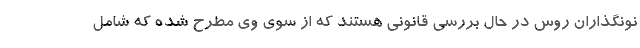
نونگذاران روس در حال بررسی قانونی هستند که از سوی وی مطرح شده که شامل